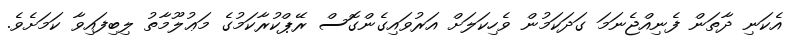
އެކަނި ދާތަން ފެނިއްޖެނަމަ ގަދަކަމުން ވެހިކަލަށް އަރުވައިގެންގޮސް ރޭޕްކުރާކަމުގެ މަޢުލޫމާތު ލިބިފައިވާ ކަމަށެވެ.